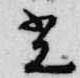
光